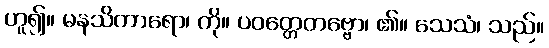
ဟူ၍။ မနသိကာရော၊ ကို။ ပဝတ္တေတဗ္ဗော၊ ၏။ သေသံ၊ သည်။